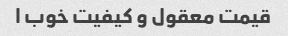
قیمت معقول و کیفیت خوب ا